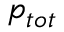
p _ { t o t }